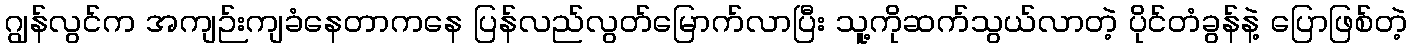
ဂျွန်လွင်က အကျဉ်းကျခံနေတာကနေ ပြန်လည်လွတ်မြောက်လာပြီး သူ့ကိုဆက်သွယ်လာတဲ့ ပိုင်တံခွန်နဲ့ ပြောဖြစ်တဲ့